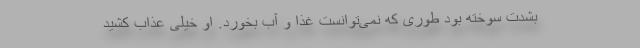
بشدت سوخته بود طوری که نمی‌توانست غذا و آب بخورد. او خیلی عذاب کشید